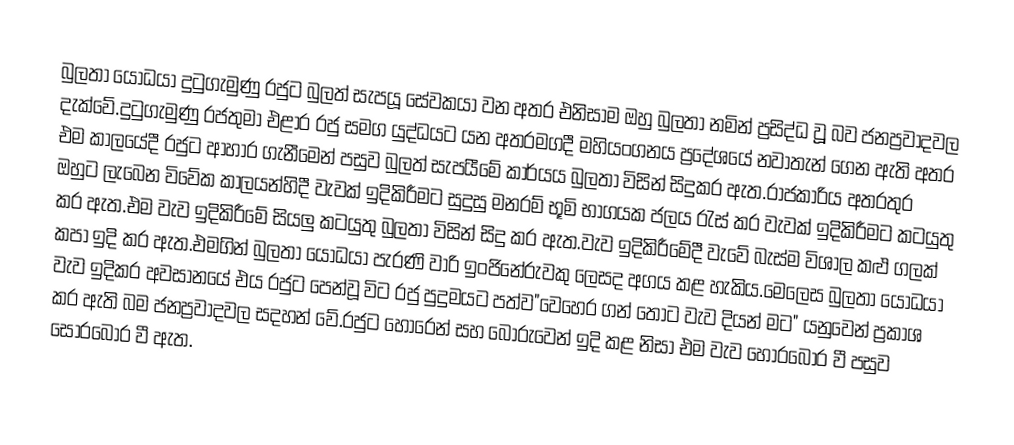
බුලතා යෝධයා දුටුගැමුණු රජුට බුලත් සැපයූ සේවකයා වන අතර එනිසාම ඔහු බුලතා නමින් ප්‍රසිද්ධ වූූ බව ජනප්‍රවාදවල දැක්වේ.දුටුගැමුණු රජතුමා එළාර රජු සමග යුද්ධයට යන අතරමගදී මහියංගනය ප්‍රදේශයේ නවාතැන් ගෙන ඇති අතර එම කාලයේදී රජුට ආහාර ගැනීමෙන් පසුව බුලත් සැපයීමේ කාර්යය බුලතා විසින් සිදුකර ඇත.රාජකාරිය අතරතුර ඔහුට ලැබෙන විවේක කාලයන්හිදී වැවක් ඉදිකිරීමට සුදුසු මනරම් භූමි භාගයක ජලය රැස් කර වැවක් ඉදිකිරීමට කටයුතු කර ඇත.එම වැව ඉදිකිරීමේ සියලු කටයුතු බුලතා විසින් සිදු කර ඇත.වැව ඉදිකිරීමේදී වැවේ බැස්ම විශාල කළු ගලක් කපා ඉදි කර ඇත.එමගින් බුලතා යෝධයා පැරණි වාරි ඉංජිනේරුවකු ලෙසද අගය කළ හැකිය.මෙලෙස බුලතා යෝධයා වැව ඉදිකර අවසානයේ එය රජුට පෙන්වූ විට රජු පුදුමයට පත්ව"වෙහෙර ගන් තොට වැව දියන් මට" යනුවෙන් ප්‍රකාශ කර ඇති බම ජනප්‍රවාදවල සදහන් වේ.රජුට හොරෙන් සහ බොරුවෙන් ඉදි කළ නිසා එම වැව හොරබොර වී පසුව සොරබොර වී ඇත.